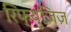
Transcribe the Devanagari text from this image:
रिफ्युज़िज़